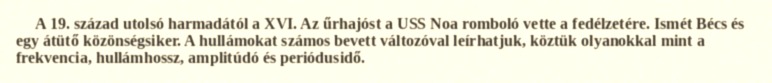
A 19. század utolsó harmadától a XVI. Az űrhajóst a USS Noa romboló vette a fedélzetére. Ismét Bécs és egy átütő közönségsiker. A hullámokat számos bevett változóval leírhatjuk, köztük olyanokkal mint a frekvencia, hullámhossz, amplitúdó és periódusidő.